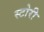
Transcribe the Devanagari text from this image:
स्‍टोरी